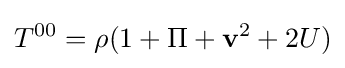
T^{00}=\rho (1+\Pi +\mathbf {v} ^{2}+2U)